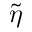
\Tilde { \eta }